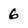
Character: 6